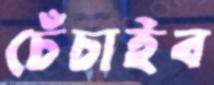
চেঁচাইব